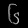
Digit: ၆